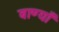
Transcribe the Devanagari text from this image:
बाण्याँ